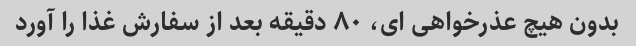
بدون هیچ عذرخواهی ای، ۸۰ دقیقه بعد از سفارش غذا را آورد